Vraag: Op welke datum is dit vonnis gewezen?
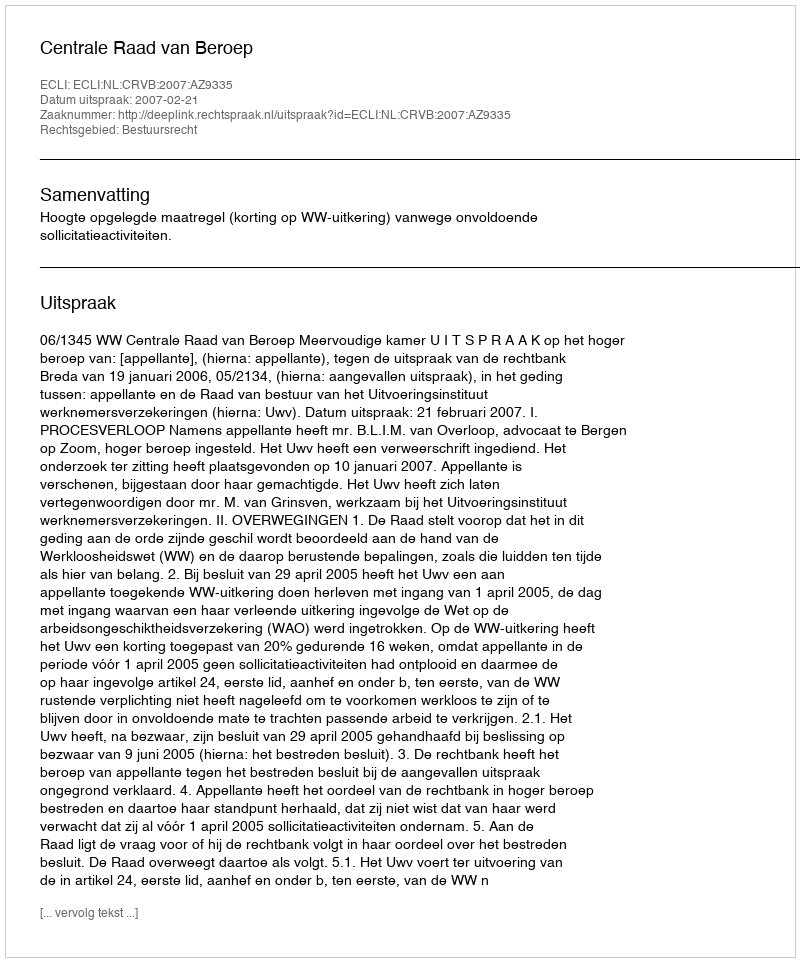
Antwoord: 2007-02-21